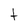
Character: t